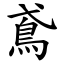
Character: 鳶